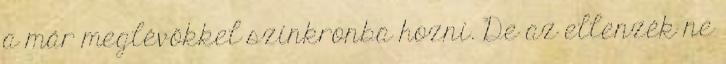
a már meglévőkkel szinkronba hozni. De az ellenzék ne